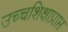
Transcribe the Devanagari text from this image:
उच्चशिक्षाप्राप्त